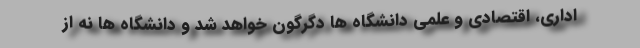
اداری، اقتصادی و علمی دانشگاه ها دگرگون خواهد شد و دانشگاه ها نه از